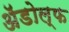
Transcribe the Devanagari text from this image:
ॲडोल्फ